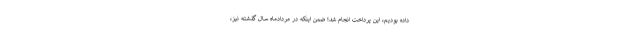
داده بودیم، این پرداخت انجام شد؛ ضمن اینکه در مردادماه سال گذشته نیز،